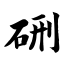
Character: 硎